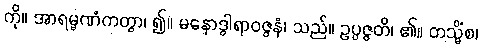
ကို။ အာရမ္မဏံကတွာ၊ ၍။ မနောဒွါရာဝဇ္ဇနံ၊ သည်။ ဥပ္ပဇ္ဇတိ၊ ၏။ တသ္မိံစ၊